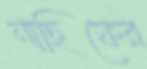
নাছিফের